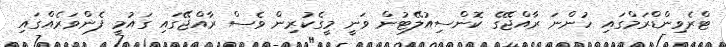
ޓްރެވިންޑްރަމްގައި ހުންނަ ރާއްޖޭގެ ކޮންސިއުލޭޓުން ވަނީ މީގެކުރިން ވެސް ރާއްޖޭގައި ގައުމީ ފެންވަރެއްގައި